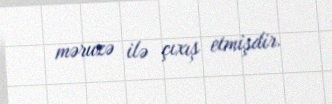
məruzə ilə çıxış etmişdir.